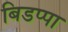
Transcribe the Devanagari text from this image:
बिडप्पा